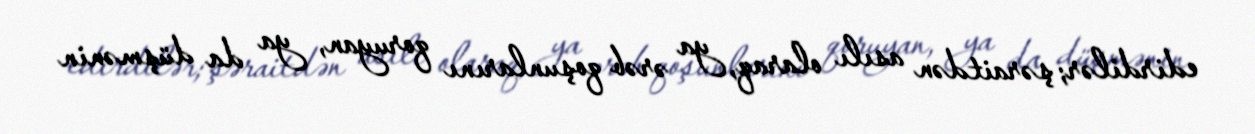
edirdilər; şəraitdən asılı olaraq, ya ərəb qoşunlarını qoruyan, ya da düşmənin